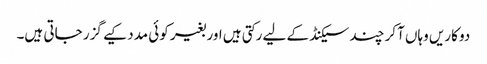
دو کاریں وہاں آکر چند سیکنڈ کے لیے رکتی ہیں اور بغیر کوئی مدد کیے گزر جاتی ہیں۔